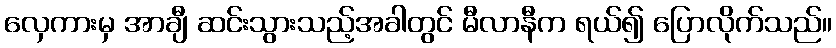
လှေကားမှ အာချီ ဆင်းသွားသည့်အခါတွင် မီလာနီက ရယ်၍ ပြောလိုက်သည်။